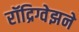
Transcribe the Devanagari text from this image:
रॉद्रिग्वेझने